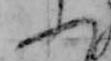
ふ